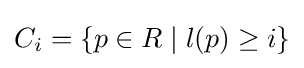
C_{i}=\{p\in R\mid l(p)\geq i\}